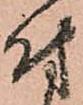
付